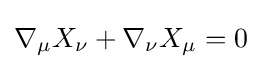
\nabla _{\mu }X_{\nu }+\nabla _{\nu }X_{\mu }=0